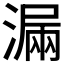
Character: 𣼣